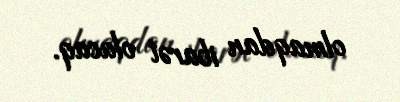
olmaqdan ibarət olacaq.